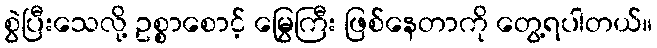
စွဲပြီးသေလို့ ဥစ္စာစောင့် မြွေကြီး ဖြစ်နေတာကို တွေ့ရပါတယ်။